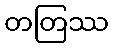
တတြဿ